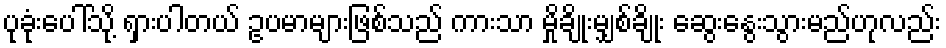
ပုခုံးပေါ်သို့ ရှားပါတယ် ဥပမာများဖြစ်သည် ကားသာ မှိုချိုးမျှစ်ချိုး ဆွေးနွေးသွားမည်ဟုလည်း